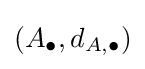
(A_{\bullet },d_{A,\bullet })